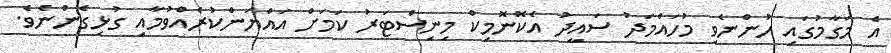
އެ މަގާމުގައި ހުންނެވި މުހައްމަދު ސައީދު އެކޮނޮމިކް މިނިސްޓަރު ކަމަށް އައްޔަންކުރެއްވުމާއި ގުޅިގެންނެވެ.